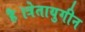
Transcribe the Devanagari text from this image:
है।त्रेतायुगीन